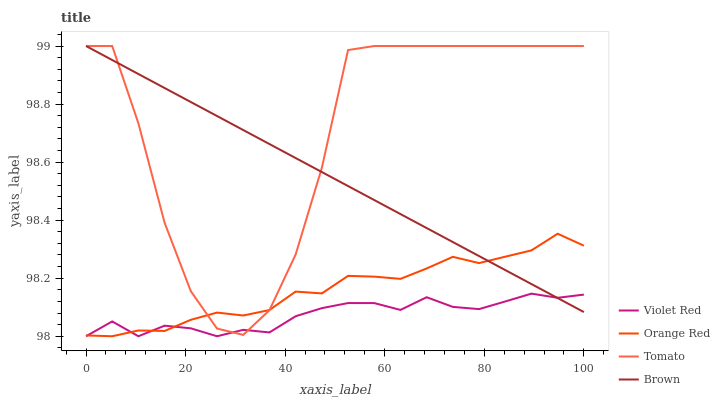
| xaxis_label | Violet Red | Orange Red | Tomato | Brown |
 | --- | --- | --- | --- | --- |
 | 0 | 98 | 98 | 99 | 99 |
 | 5.26 | 98.1 | 98 | 99 | 99 |
 | 10.5 | 98 | 98 | 98.7 | 98.9 |
 | 15.8 | 98 | 98 | 98.4 | 98.9 |
 | 21.1 | 98 | 98.1 | 98.2 | 98.8 |
 | 26.3 | 98 | 98.1 | 98 | 98.8 |
 | 31.6 | 98 | 98.1 | 98 | 98.7 |
 | 36.8 | 98 | 98.1 | 98.1 | 98.7 |
 | 42.1 | 98.1 | 98.2 | 98.3 | 98.6 |
 | 47.4 | 98.1 | 98.1 | 98.6 | 98.6 |
 | 52.6 | 98.1 | 98.2 | 99 | 98.5 |
 | 57.9 | 98.1 | 98.2 | 99 | 98.5 |
 | 63.2 | 98.1 | 98.2 | 99 | 98.4 |
 | 68.4 | 98.1 | 98.2 | 99 | 98.4 |
 | 73.7 | 98.1 | 98.3 | 99 | 98.3 |
 | 78.9 | 98.1 | 98.3 | 99 | 98.3 |
 | 84.2 | 98.1 | 98.3 | 99 | 98.2 |
 | 89.5 | 98.1 | 98.3 | 99 | 98.2 |
 | 94.7 | 98.1 | 98.4 | 99 | 98.1 |
 | 100 | 98.1 | 98.3 | 99 | 98.1 |